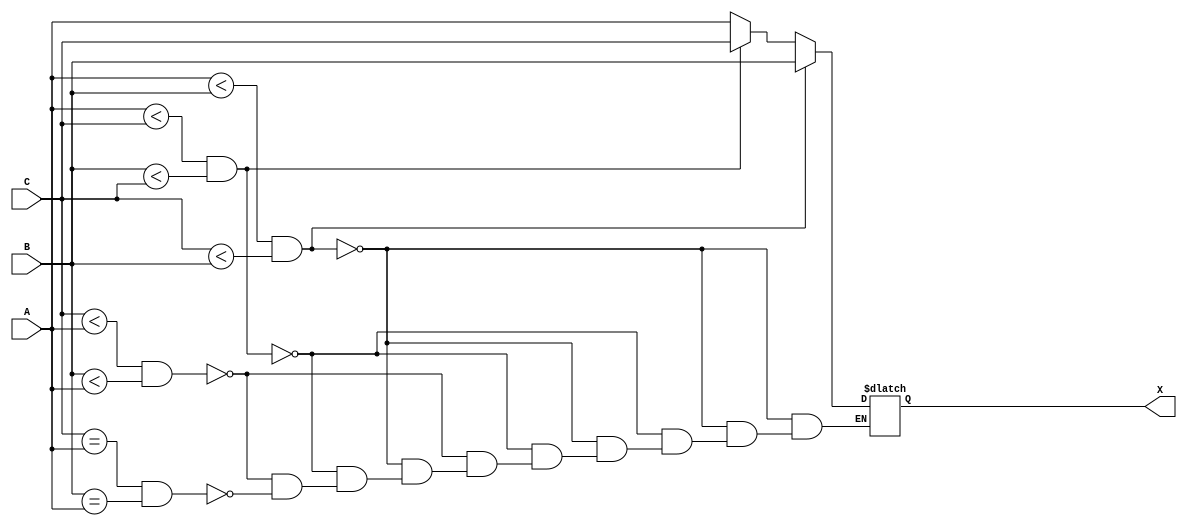
module max (A, B, C, X);
  input [3:0] A, B, C;
  output [3:0] X;
  reg [3:0] X;

always @ (A or B or C) begin
  if (A < B & C < B) begin
    X = B;
  end else if (A < C & B < C) begin
    X = C;
  end else if (C < A & B < A) begin
    X = A;
  end else if (C == A & B == A) begin
    X = A;
  end

end

endmodule // max